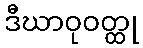
ဒီဃာဝုဝတ္ထု